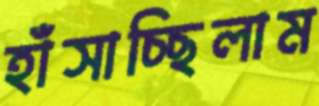
হাঁসাচ্ছিলাম